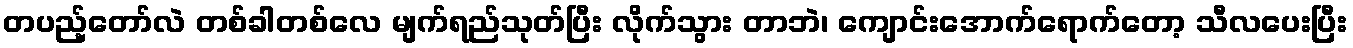
တပည့်တော်လဲ တစ်ခါတစ်လေ မျက်ရည်သုတ်ပြီး လိုက်သွား တာဘဲ၊ ကျောင်းအောက်ရောက်တော့ သီလပေးပြီး